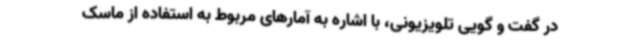
در گفت و گویی تلویزیونی، با اشاره به آمارهای مربوط به استفاده از ماسک